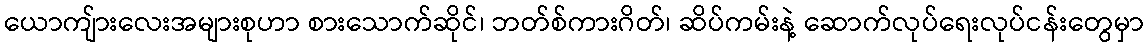
ယောကျ်ားလေးအများစုဟာ စားသောက်ဆိုင်၊ ဘတ်စ်ကားဂိတ်၊ ဆိပ်ကမ်းနဲ့ ဆောက်လုပ်ရေးလုပ်ငန်းတွေမှာ